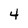
Character: 4